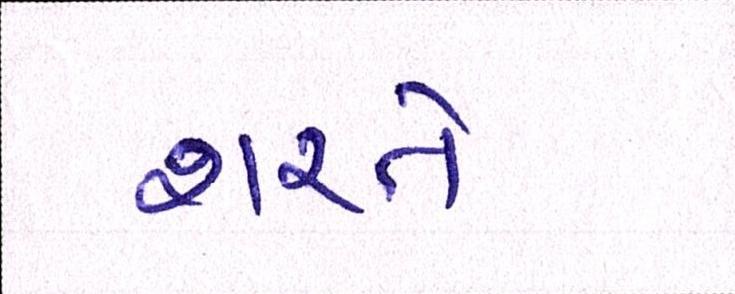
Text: શરતે